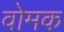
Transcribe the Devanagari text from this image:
वोमक